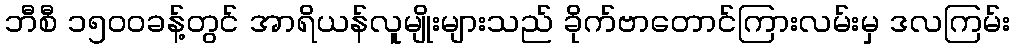
ဘီစီ ၁၅၀၀ခန့်တွင် အာရိယန်လူမျိုးများသည် ခိုက်ဗာတောင်ကြားလမ်းမှ ဒလကြမ်း